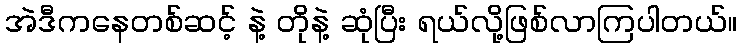
အဲဒီကနေတစ်ဆင့် နဲ့ တိုနဲ့ ဆုံပြီး ရယ်လို့ဖြစ်လာကြပါတယ်။